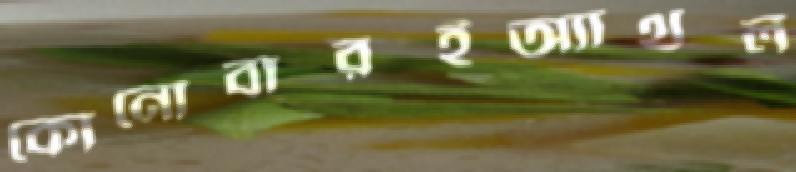
কোনোবারইঅ্যাথল